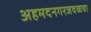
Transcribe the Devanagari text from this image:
अहमदनगरजवळचा